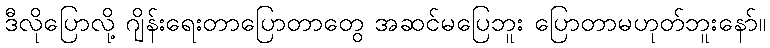
ဒီလိုပြောလို့ ဂျိန်းရေးတာပြောတာတွေ အဆင်မပြေဘူး ပြောတာမဟုတ်ဘူးနော်။